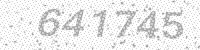
Solution: 641745